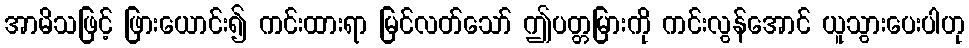
အာမိသဖြင့် ဖြားယောင်း၍ ကင်းထားရာ မြင်လတ်သော် ဤပတ္တမြားကို ကင်းလွန်အောင် ယူသွားပေးပါဟု